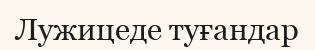
Лужицеде туғандар